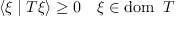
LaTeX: \langle \xi \mid T \xi \rangle \geq 0 \quad \xi \in \operatorname { d o m } \ T